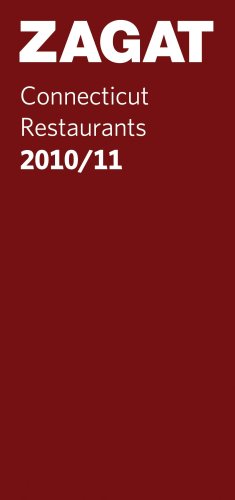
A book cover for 2010/11 Connecticut Restaurants (Zagat Survey: Connecticut Restaurants); Travel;